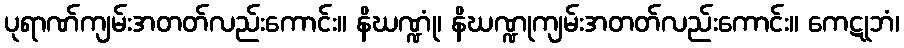
ပုရာဏ်ကျမ်းအတတ်လည်းကောင်း။ နိဃဏ္ဍုံ၊ နိဃဏ္ဍုကျမ်းအတတ်လည်းကောင်း။ ကေဋုဘံ၊